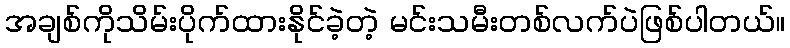
အချစ်ကိုသိမ်းပိုက်ထားနိုင်ခဲ့တဲ့ မင်းသမီးတစ်လက်ပဲဖြစ်ပါတယ်။